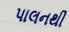
પાલનથી